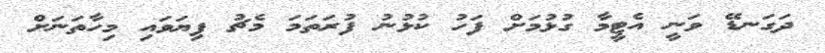
ދަގަނޑޭ ވަނީ އެޓީމާ ގުޅުމަށް ފަހު ކުޅުނު ފުރަތަމަ މެޗު ފިޔަވައި މިހާތަނަށް